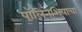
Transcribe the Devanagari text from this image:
पॉलिनेशियाचा